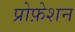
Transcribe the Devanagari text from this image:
प्रोफ़ेशन